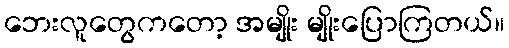
ဘေးလူတွေကတော့ အမျိုး မျိုးပြောကြတယ်။